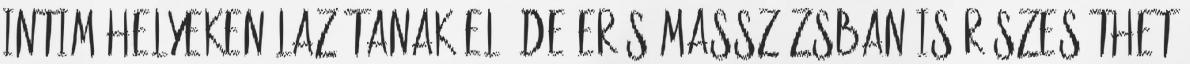
intim helyeken lazítanak el, de erős masszázsban is részesíthet